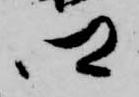
郷